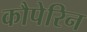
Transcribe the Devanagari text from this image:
कौपेरिन